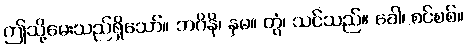
ဤသို့မေးသည်ရှိသော်။ ဘဂိနိ၊ နှမ။ တွံ၊ သင်သည်။ ခေါ၊ စင်စစ်။